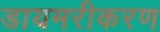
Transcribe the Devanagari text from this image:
डायमरीकरण